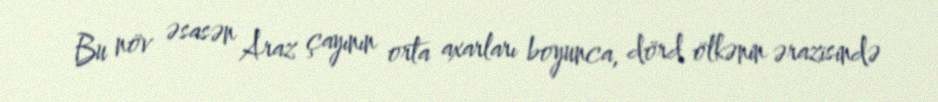
Bu növ əsasən Araz çayının orta axarları boyunca, dörd ölkənin ərazisində